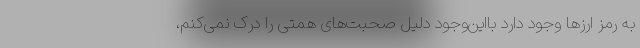
به رمز ارز‌ها وجود دارد بااین‌وجود دلیل صحبت‌های همتی را درک نمی‌کنم،